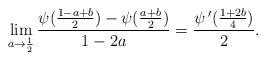
LaTeX: \begin{align*}\lim_{a\to\frac{1}{2}}\frac{\psi(\frac{1-a+b}{2})-\psi(\frac{a+b}{2})}{1-2a}=\frac{\psi\,'(\frac{1+2b}{4})}{2}.\end{align*}